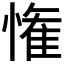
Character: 𭞞